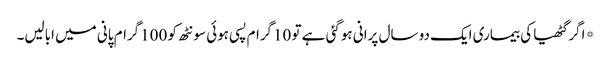
*اگر گٹھیا کی بیماری ایک دو سال پرانی ہوگئی ہے تو 10گرام پسی ہوئی سونٹھ کو 100گرام پانی میں ابالیں۔